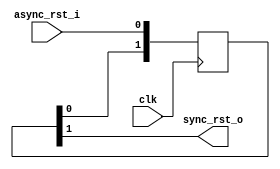
module areset_sync #(parameter STAGES=2)
  (input clk, input async_rst_i, output sync_rst_o);
  
  reg [STAGES-1:0] flipflops;
  
  assign sync_rst_o = flipflops[STAGES-1];
  
  always @(posedge clk) begin
    flipflops <= {flipflops[STAGES-2:0], async_rst_i};
  end
  
endmodule